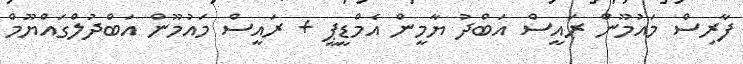
ފާރިސް މައުމޫން ރައީސް އަބްދު ޔާމީން އެމްޑީޕީ + ރައީސް މައުމޫން އަބްދުލްގައްޔޫމް